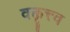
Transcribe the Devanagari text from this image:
वक्तॄत्त्व